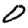
Digit: 0